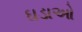
ઘડાઓ